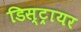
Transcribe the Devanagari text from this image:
डिस्ट्रायर